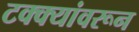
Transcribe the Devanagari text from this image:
टक्‍क्‍यांवरून